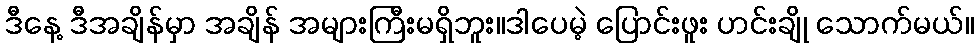
ဒီနေ့ ဒီအချိန်မှာ အချိန် အများကြီးမရှိဘူး။ဒါပေမဲ့ ပြောင်းဖူး ဟင်းချို သောက်မယ်။